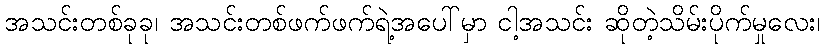
အသင်းတစ်ခုခု၊ အသင်းတစ်ဖက်ဖက်ရဲ့အပေါ်မှာ ငါ့အသင်း ဆိုတဲ့သိမ်းပိုက်မှုလေး၊